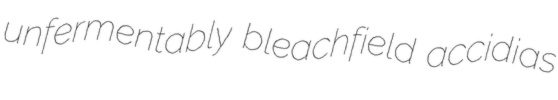
unfermentably bleachfield accidias